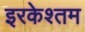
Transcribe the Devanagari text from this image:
इरकेश्तम